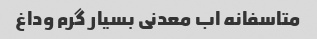
متاسفانه اب معدنی بسیار گرم وداغ